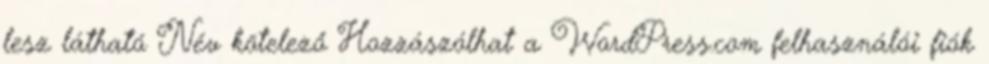
lesz látható Név kötelező Hozzászólhat a WordPress.com felhasználói fiók